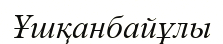
Ұшқанбайұлы